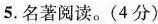
5.名著阅读。(4分)